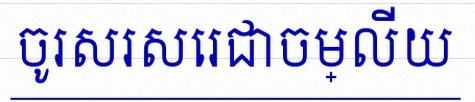
ចូរសរសេរជាចម្លើយ